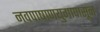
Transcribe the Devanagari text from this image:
नवपाषाणयुगापासून